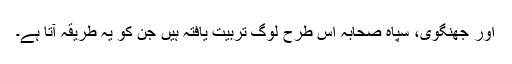
اور جھنگوی، سپاہِ صحابہ اِس طرح لوگ تربیت یافتہ ہیں جن کو یہ طریقہ آتا ہے۔